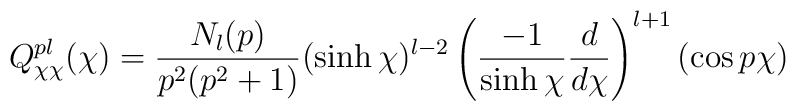
Q^{pl}_{\chi\chi}(\chi) = \frac{N_{l}(p)}{p^2(p^2+1)} (\sinh \chi)^{l-2} \left(\frac{-1}{\sinh \chi}\frac{d}{d\chi}\right)^{l+1}(\cos p\chi)